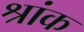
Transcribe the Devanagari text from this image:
श्रांक